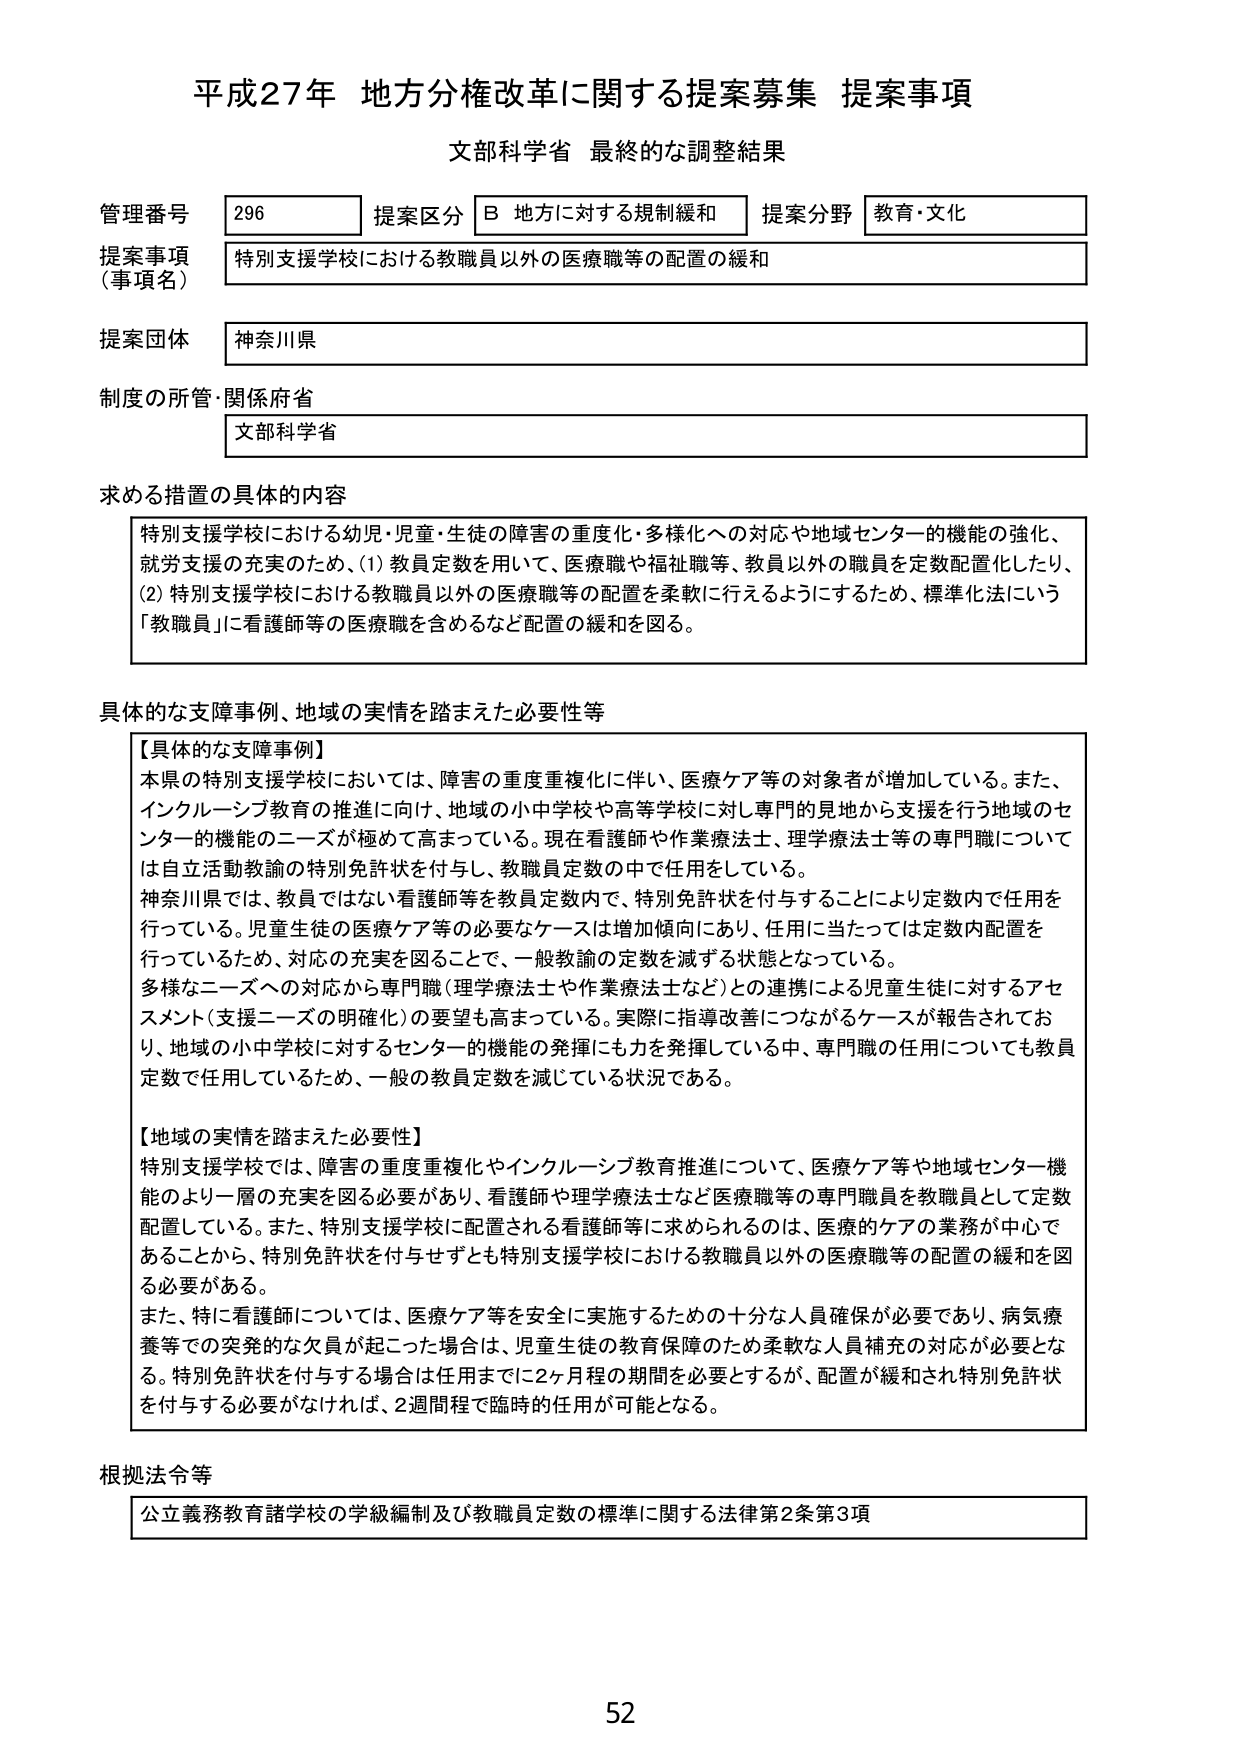
平成27年 地方分権改革に関する提案募集 提案事項
文部科学省 最終的な調整結果

管理番号 296 提案区分 B 地方に対する規制緩和 提案分野 教育・文化
提案事項（事項名） 特別支援学校における教職員以外の医療職等の配置の緩和
提案団体 神奈川県
制度の所管・関係府省 文部科学省

求める措置の具体的内容
特別支援学校における幼児・児童・生徒の障害の重度化・多様化への対応や地域センター的機能の強化、就労支援の充実のため、(1) 教員定数を用いて、医療職や福祉職等、教員以外の職員を定数配置化したり、(2) 特別支援学校における教職員以外の医療職等の配置を柔軟に行えるようにするため、標準化法にいう「教職員」に看護師等の医療職を含めるなど配置の緩和を図る。

具体的な支障事例、地域の実情を踏まえた必要性等
【具体的な支障事例】
本県の特別支援学校においては、障害の重度重複化に伴い、医療ケア等の対象者が増加している。また、インクルーシブ教育の推進に向け、地域の小中学校や高等学校に対し専門的見地から支援を行う地域のセンター的機能のニーズが極めて高まっている。現在看護師や作業療法士、理学療法士等の専門職については自立活動教諭の特別免許状を付与し、教職員定数の中で任用をしている。
神奈川県では、教員ではない看護師等を教員定数内で、特別免許状を付与することにより定数内で任用を行っている。児童生徒の医療ケア等の必要なケースは増加傾向にあり、任用に当たっては定数内配置を行っているため、対応の充実を図ることで、一般教諭の定数を減ずる状態となっている。
多様なニーズへの対応から専門職（理学療法士や作業療法士など）との連携による児童生徒に対するアセスメント（支援ニーズの明確化）の要望も高まっている。実際に指導改善につながるケースが報告されており、地域の小中学校に対するセンター的機能の発揮にも力を発揮している中、専門職の任用についても教員定数で任用しているため、一般の教員定数を減じている状況である。

【地域の実情を踏まえた必要性】
特別支援学校では、障害の重度重複化やインクルーシブ教育推進について、医療ケア等や地域センター機能のより一層の充実を図る必要があり、看護師や理学療法士など医療職等の専門職員を教職員として定数配置している。また、特別支援学校に配置される看護師等に求められるのは、医療的ケアの業務が中心であることから、特別免許状を付与せずとも特別支援学校における教職員以外の医療職等の配置の緩和を図る必要がある。
また、特に看護師については、医療ケア等を安全に実施するための十分な人員確保が必要であり、病気療養等での突発的な欠員が起こった場合は、児童生徒の教育保障のため柔軟な人員補充の対応が必要となる。特別免許状を付与する場合は任用までに2ヶ月程の期間を必要とするが、配置が緩和され特別免許状を付与する必要がなければ、2週間程で臨時的任用が可能となる。

根拠法令等
公立義務教育諸学校の学級編制及び教職員定数の標準に関する法律第2条第3項

52